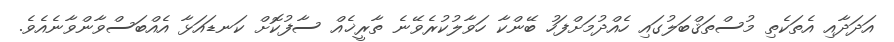
އަދަދާއި އެތަކެތި މުސްތަޤްބަލުގައި ހެއްދުމަށްފަހު ބޭންކާ ހަވާލުކުރެވޭނެ ތާރީޚެއް ސާފުކޮށް ކަނޑައަޅާ އެއްބަސްވާންވާނެއެވެ.